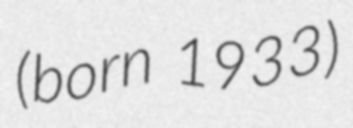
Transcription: (born 1933)